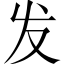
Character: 发